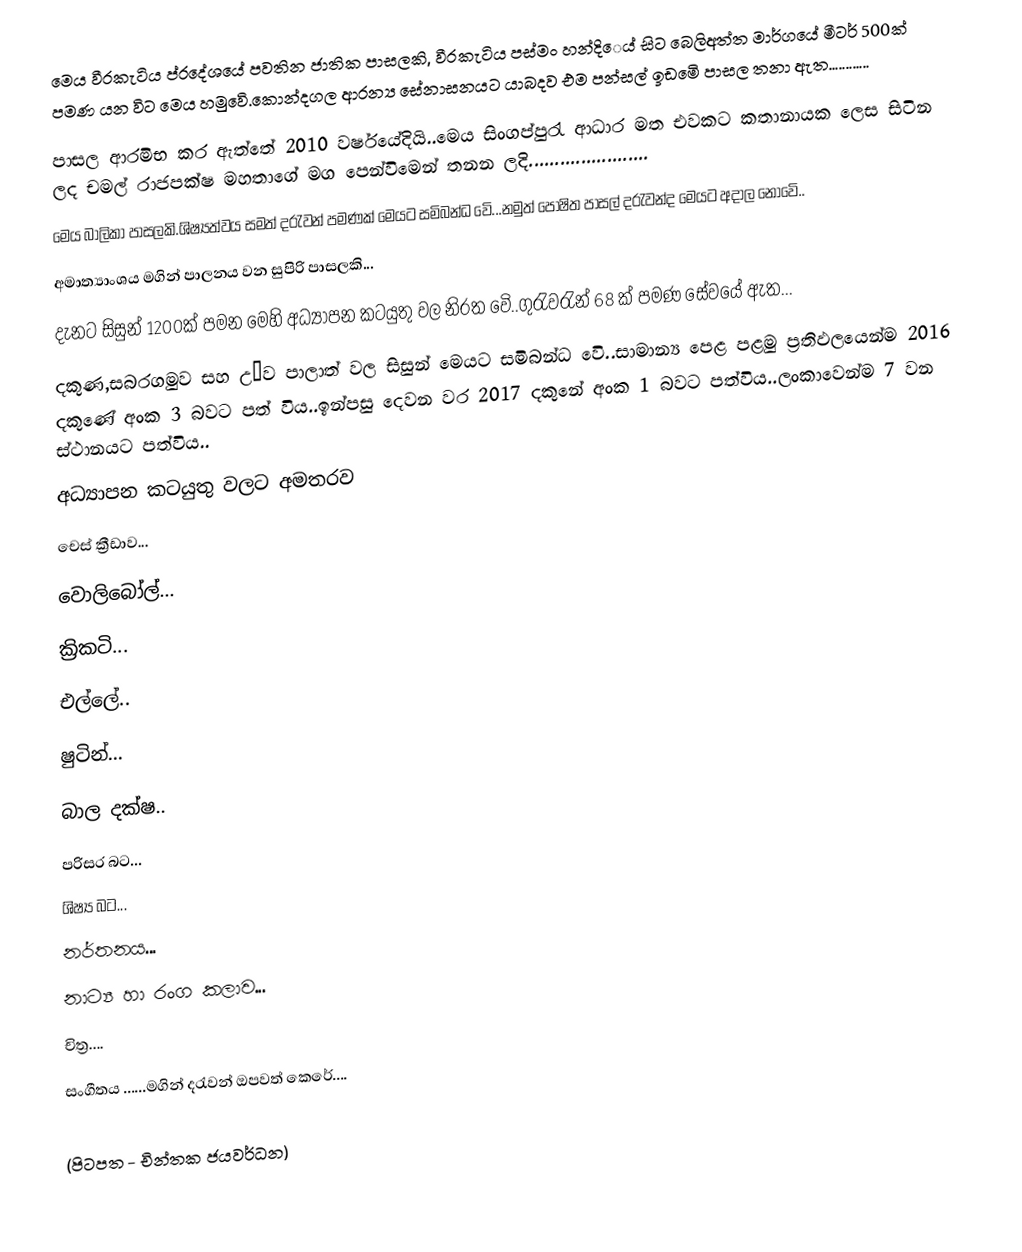
මෙය වීරකැටිය ප්රදේශයේ පවතින ජාතික පාසලකි, වීරකැටිය පස්මං හන්දිෙය් සිට බෙලිඅත්ත මාර්ගයේ මීටර් 500ක් පමණ යන විට මෙය හමුවෙි.කොන්දගල ආරන්‍ය සේනාසනයට යාබදව එම පන්සල් ඉඩමෙි පාසල තනා ඇත............
පාසල ආරමිභ කර ඇත්තේ 2010 වර්ෂයේදියි..මෙය සිංගප්පුරැ ආධාර මත එවකට කතානායක ලෙස සිටින ලද චමල් රාජපක්ෂ මහතාගේ මග පෙන්විමෙන් තනන ලදි.......................
මෙය බාලිකා පාසලකි.ශිෂ්‍යත්වය සමත් දරැවන් පමණක් මෙයට සමිබන්ධ වෙි...නමුත් පෝෂිත පාසල් දරැවන්ද මෙයට අදාල නොවෙි..
අමාත්‍යාංශය මගින් පාලනය වන සුපිරි පාසලකි...
දැනට සිසුන් 1200ක් පමන මෙහි අධ්‍යාපන කටයුතු වල නිරත වෙි..ගුරැවරැන් 68 ක් පමණ සේවයේ ඇත...
දකුණ,සබරගමුව සහ උෳව පාලාත් වල සිසුන් මෙයට සමිබන්ධ වෙි..සාමාන්‍ය පෙළ පළමු ප්‍රතිඵලයෙන්ම 2016 දකුණේ අංක 3 බවට පත් විය..ඉන්පසු දෙවන වර 2017 දකුනේ අංක 1 බවට පත්විය..ලංකාවෙන්ම 7 වන ස්ථානයට පත්විය..
අධ්‍යාපන කටයුතු වලට අමතරව
චෙස් ක්‍රීඩාව...
වොලිබෝල්...
ක්‍රිකටි...
එල්ලේ..
ෂුටින්...
බාල දක්ෂ..
පරිසර බට...
ශිෂ්‍ය බට...
නර්තනය...
නාට්‍ය හා රංග කලාව...
චිත්‍ර....
සංගීතය ......මගින් දරැවන් ඔපවත් කෙරේ....

(පිටපත - චින්තක ජයවර්ධන)